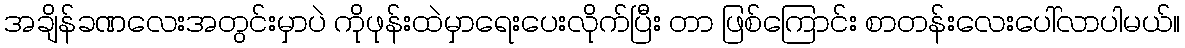
အချိန်ခဏလေးအတွင်းမှာပဲ ကိုဖုန်းထဲမှာရေးပေးလိုက်ပြီး တာ ဖြစ်ကြောင်း စာတန်းလေးပေါ်လာပါမယ်။